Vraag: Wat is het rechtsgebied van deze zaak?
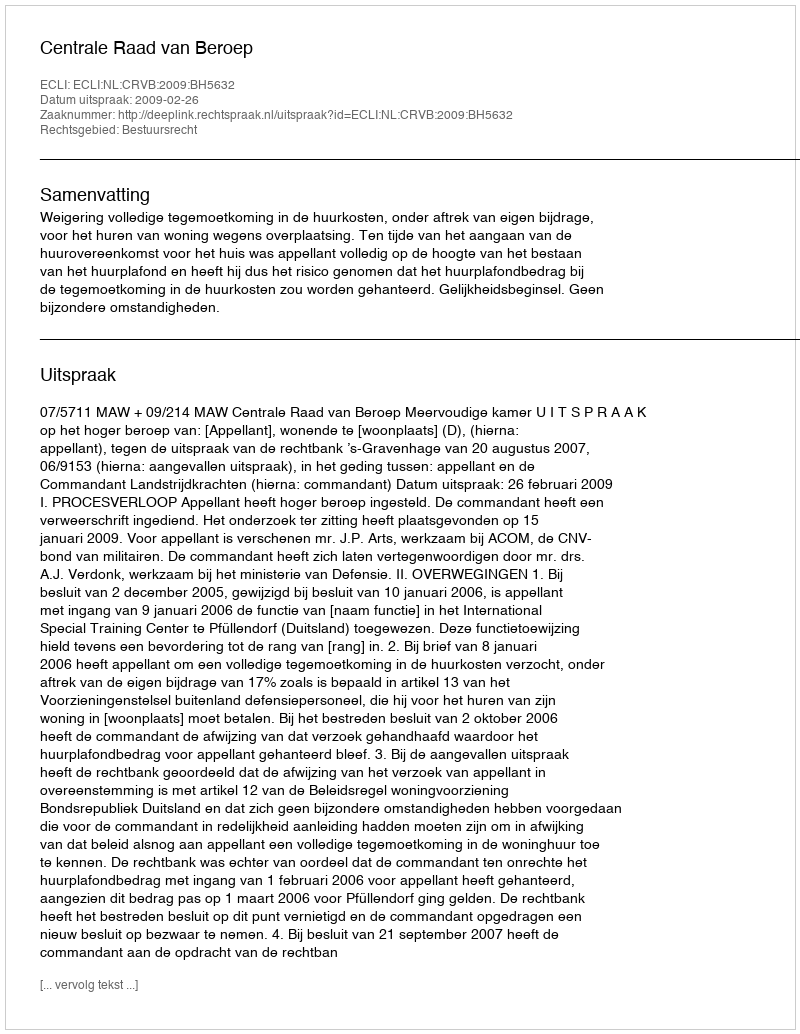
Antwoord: Bestuursrecht